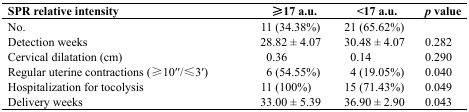
<table><thead><tr><td><b>SPR relative intensity</b></td><td><b>≥17 a.u.</b></td><td><b>&lt;17 a.u.</b></td><td><b><i>p</i> value</b></td></tr></thead><tbody><tr><td>No.</td><td>11 (34.38%)</td><td>21 (65.62%)</td><td></td></tr><tr><td>Detection weeks</td><td>28.82 ± 4.07</td><td>30.48 ± 4.07</td><td>0.282</td></tr><tr><td>Cervical dilatation (cm)</td><td>0.36</td><td>0.14</td><td>0.290</td></tr><tr><td>Regular uterine contractions (≥10′′/≤3′)</td><td>6 (54.55%)</td><td>4 (19.05%)</td><td>0.040</td></tr><tr><td>Hospitalization for tocolysis</td><td>11 (100%)</td><td>15 (71.43%)</td><td>0.049</td></tr><tr><td>Delivery weeks</td><td>33.00 ± 5.39</td><td>36.90 ± 2.90</td><td>0.043</td></tr></tbody></table>